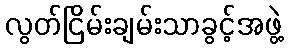
လွတ်ငြိမ်းချမ်းသာခွင့်အဖွဲ့